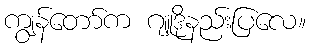
ကျွန်တော်က ဂျူဒိုနည်းပြလေ။